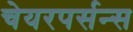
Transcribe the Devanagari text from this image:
चेयरपर्सन्स